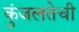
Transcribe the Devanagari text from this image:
कुंजलतेची